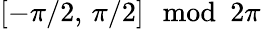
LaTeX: [-\pi/2,\, \pi/2]\! \! \! \mod 2\pi